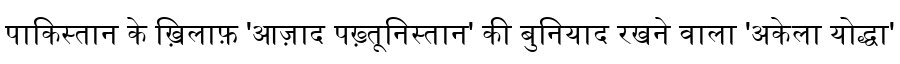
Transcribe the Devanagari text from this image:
पाकिस्तान के ख़िलाफ़ 'आज़ाद पख़्तूनिस्तान' की बुनियाद रखने वाला 'अकेला योद्धा'